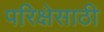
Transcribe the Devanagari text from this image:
परिक्षेसाठी